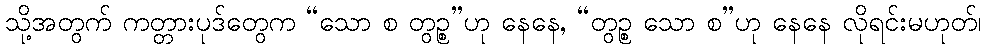
သို့အတွက် ကတ္တားပုဒ်တွေက “သော စ တွဉ္စ”ဟု နေနေ, “တွဉ္စ သော စ”ဟု နေနေ လိုရင်းမဟုတ်၊